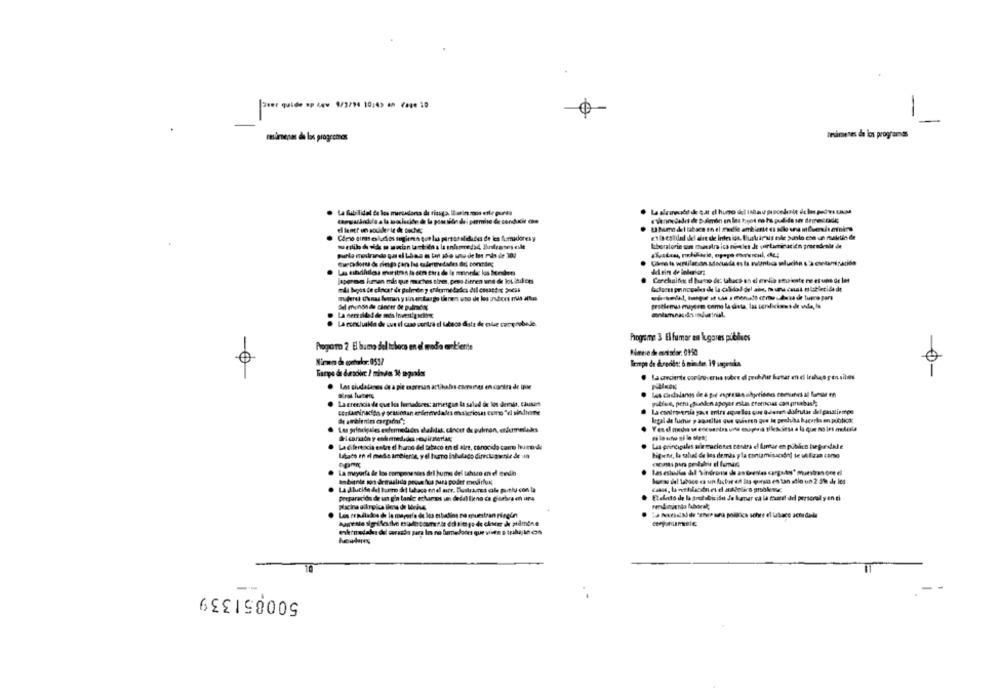
aver quide op Lev 9/3/94 10:43 an Cage 10
-
resúmenes de los programas
Tevimeses de los programas
La fubilidel de los mercadona de ringa. Iain moos eile pursa
Cómo aims es lucios sergiona gut la personalidades de les fumadores y
kboralorie un nuestra ica niveles Je perturicación procedenle de
japoneses luman mis que muchos tire, peso tieren und de lot jadi ces
Corchaif d hanno de: Ukaco as el erelis sevieste re et uno de los
Gdomaprnopales de la calidad del aie, no una cast mi labletide de
del mundo de cineer or pulndst
La concluabio di que el cue contra di tuboca data de vive comprobale.
Programe 3 El fumer en lugares publises
Progarra 2 El humo del tabaco en el mada ambiente
o
Tempo de durodet: 6 minuten 19 sagendis
Los ciudalares de a pie expresan actikalvs comunes en contra de OM
La creencia de que los fumadores: arriesgaa la salud de los demia. Cautant
niblue, per guesen apoyar estis trotoss can pruebas !;
teriaeinkcita y scutionan enfermedades makriosn como"e sindivine
Ladiferencia entre d humo del tabaco en el aire, conocido como humo de
Las principales arin maciones contra el furfur en púbico bege dale
Litats en el medio ambienat, yel humo inhalado directawnie de Ja
higiene, la salud de los demds yla contaminación] te utilizza como
La mayoría de los componentes del hume del tabaco en el medin
ambiente sons demaslido peque ha pura podet moriust
howras del tabdice es un factor en las questa en tan allo un 2 5le dir los
..
preparación de un gin tanke echarnos un dedel liene ca g'sabra m urs
Pelas dle la grot sticide de kumar ca la courel del personal y en ei
.
Los reoudlados de la mayorio de los estudios se muestran pilegün
" Nuidade "ene una politica sobre el tabaco acordola
cenynumsie
500851339